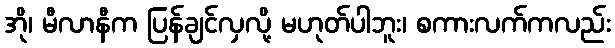
အို၊ မီလာနီက ပြန်ချင်လှလို့ မဟုတ်ပါဘူး၊ စကားလက်ကလည်း